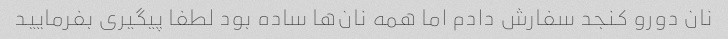
نان دورو کنجد سفارش دادم اما همه نان‌ها ساده بود لطفا پیگیری بفرمایید